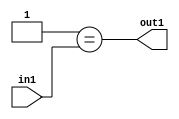
`timescale 1ps / 1ps
/*****************************************************************************
    Verilog RTL Description
    
    
    Created by: Stratus DpOpt 2019.1.01 
*******************************************************************************/

module pw_feature_addr_gen_Eqi1u16_4_0 (
	in1,
	out1
	); /* architecture "behavioural" */ 
input [15:0] in1;
output  out1;
wire  asc001;

assign asc001 = (21'B000000000000000000001==in1);

assign out1 = asc001;
endmodule

/* CADENCE  urj3SAw= : u9/ySgnWtBlWxVPRXgAZ4Og= ** DO NOT EDIT THIS LINE ******/